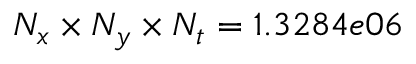
N _ { x } \times N _ { y } \times N _ { t } = 1 . 3 2 8 4 e 0 6